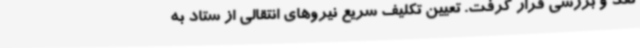
نقد و بررسی قرار گرفت. تعیین تکلیف سریع نیروهای انتقالی از ستاد به